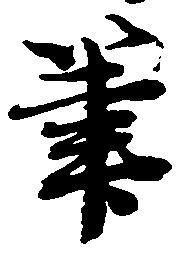
筆